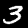
Digit: 3